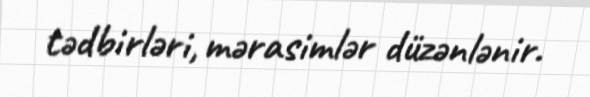
tədbirləri, mərasimlər düzənlənir.